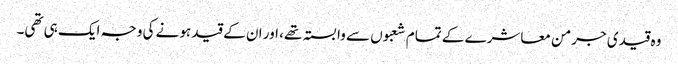
وہ قیدی جرمن معاشرے کے تمام شعبوں سے وابستہ تھے، اور ان کے قید ہونے کی وجہ ایک ہی تھی۔